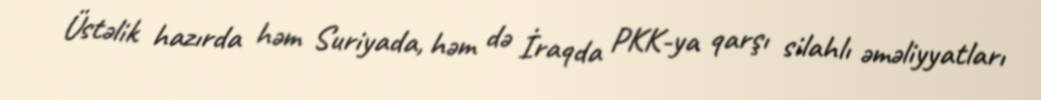
Üstəlik hazırda həm Suriyada, həm də İraqda PKK-ya qarşı silahlı əməliyyatları